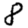
Digit: 8